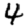
Digit: 4